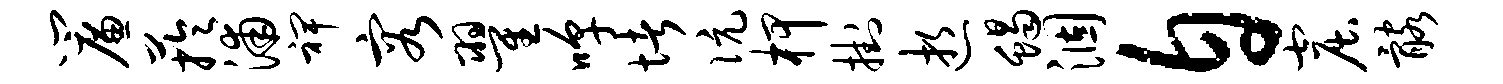
帘芋浦裨容翟嗥堵伉柙挂逝蝎涸自窟髂